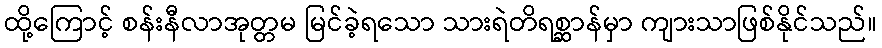
ထို့ကြောင့် စန်းနီလာအုတ္တမ မြင်ခဲ့ရသော သားရဲတိရစ္ဆာန်မှာ ကျားသာဖြစ်နိုင်သည်။